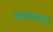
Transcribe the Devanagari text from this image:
जनकात्मक